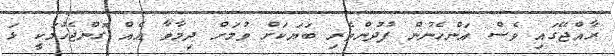
ރާއްޖޭގައި ވެސް އަންހެނުން ފުދުންތެރި ބަޔަކަށް ވުމަށް ދިމާވާ އެއް ގޮންޖެހުމަކީ ޅަ